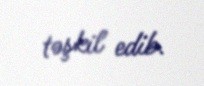
təşkil edib.